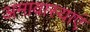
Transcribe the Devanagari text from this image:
अमावास्याएं